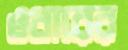
ওধারের